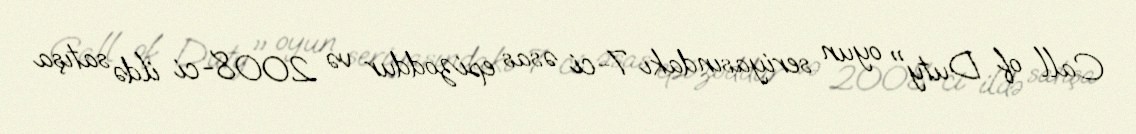
Call of Duty" oyun seriyasındakı 7-ci əsas epizoddur və 2008-ci ildə satışa